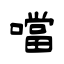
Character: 噹